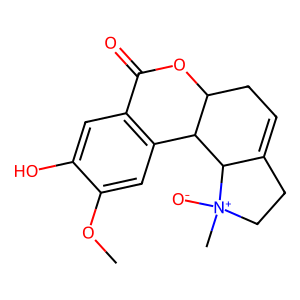
SMILES: COc1cc2c(cc1O)C(=O)OC1CC=C3CC[N+](C)([O-])C3C21
Inhibits HIV replication: No